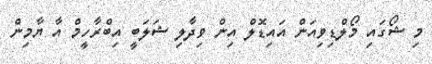
މި ޝޯގައި މޯލްޑިވިއަން އައިޑޮލް އިން ވިދާލި ޝަލަބީ އިބްރާހީމް އާ ޔާމިން